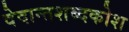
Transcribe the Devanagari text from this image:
वेदान्तशब्दकोश